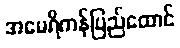
အမေရိကန်ပြည်ထောင်